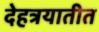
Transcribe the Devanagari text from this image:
देहत्रयातीत